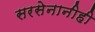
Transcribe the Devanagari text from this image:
सरसेनानीही